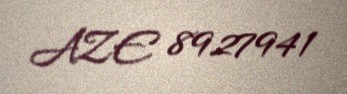
AZE 8927941